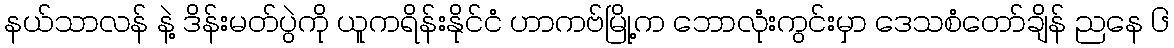
နယ်သာလန် နဲ့ ဒိန်းမတ်ပွဲကို ယူကရိန်းနိုင်ငံ ဟာကဗ်မြို့က ဘောလုံးကွင်းမှာ ဒေသစံတော်ချိန် ညနေ ၆